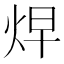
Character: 𱫁